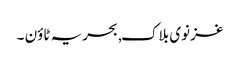
غزنوی بلاک, بحریہ ٹاؤن ۔